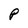
Character: P